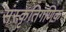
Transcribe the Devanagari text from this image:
संस्कृतिगणिक